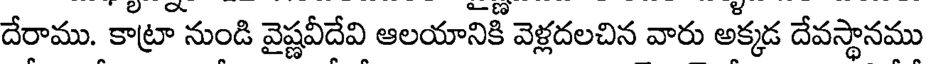
దేరాము. కాట్రా నుండి వైష్ణవీదేవి ఆలయానికీ వెళ్లదలచిన వారు అక్కడ దేవస్థానము